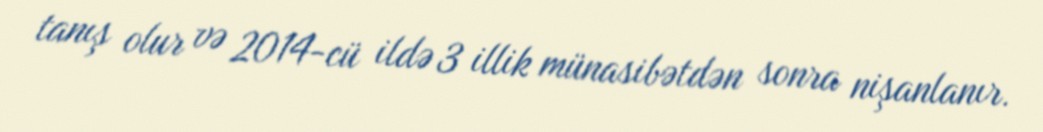
tanış olur və 2014-cü ildə 3 illik münasibətdən sonra nişanlanır.